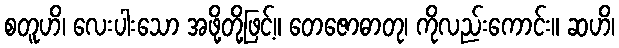
စတူဟိ၊ လေးပါးသော အဖို့တို့ဖြင့်။ တေဇောဓာတု၊ ကိုလည်းကောင်း။ ဆဟိ၊